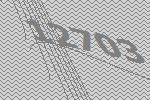
12703